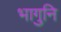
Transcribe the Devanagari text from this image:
भागुनि